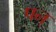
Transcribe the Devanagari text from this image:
पन्